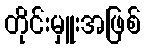
တိုင်းမှူးအဖြစ်